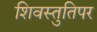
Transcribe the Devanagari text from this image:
शिवस्तुतिपर